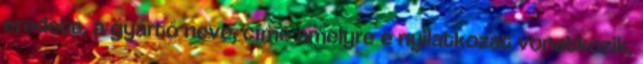
eredete, a gyártó neve, címe amelyre e nyilatkozat vonatkozik,